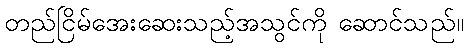
တည်ငြိမ်အေးဆေးသည့်အသွင်ကို ဆောင်သည်။